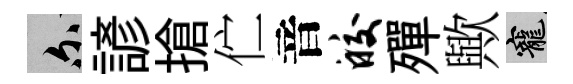
爾諺搶伫音皎殫歟寵